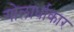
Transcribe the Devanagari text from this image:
गोलार्धाकार